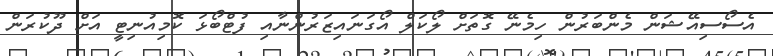
އެސޯސިއޭޝަން މެންބަރުން ހިމެނޭ ގޮތަށް ލޯކަލް އޯގަނައިޒަރުންނާއި ފުޓްބޯޅަ ކޮމިއުނިޓީ އަށް ދޫކުރަން